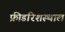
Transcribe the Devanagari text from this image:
फ्रीडरिशस्थाल